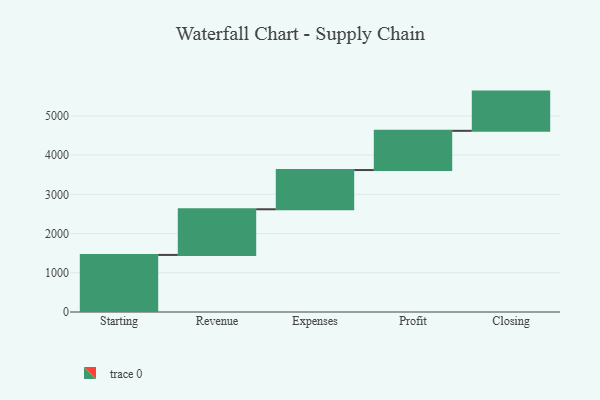
{"axis": {"x": "Step", "y": "Value"}, "legend": [""], "data": [{"x": "Starting", "y": 1455.0, "type": ""}, {"x": "Revenue", "y": 1164.0, "type": ""}, {"x": "Expenses", "y": 1000, "type": ""}, {"x": "Profit", "y": 1000, "type": ""}, {"x": "Closing", "y": 1000, "type": ""}]}